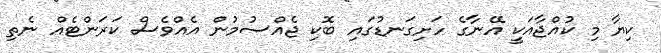
ކިޔާ މި ކުއްޖާއަކީ އޭނާގެ ހަށިގަނޑުގައި ބޮކި ޖެއްސުމުން އެއްވެސް ކަރަންޓެއް ނެތި